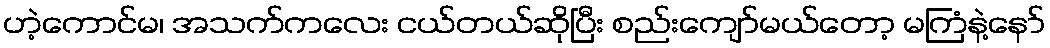
ဟဲ့ကောင်မ၊ အသက်ကလေး ငယ်တယ်ဆိုပြီး စည်းကျော်မယ်တော့ မကြံနဲ့နော်